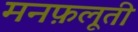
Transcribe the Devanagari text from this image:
मनफ़लूती